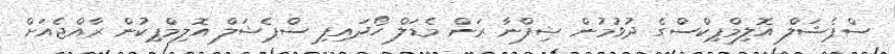
ސްޕެޝަލް އޮލިމްޕިކްސްގެ ދުވުމުން ޝިފްނާ ރަން މެޑަލް ހޯދައިފި ސްޕެޝަލް އޮލިމްޕިކުން ރާއްޖެއަށް